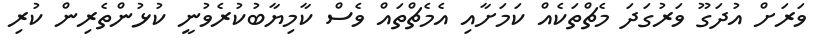
ވަރަށް އުދަގޫ ވަރުގަދަ މެޗްތަކެއް ކަމަށާއި އެމެޗްތައް ވެސް ކާމިޔާބުކުރެވުނީ ކުޅުންތެރިން ކުރި